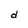
Character: d